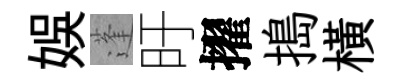
娱蓬旴擢搗橫